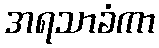
အရသာခံကာ